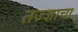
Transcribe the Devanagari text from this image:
तज्‍ज्ञाचा